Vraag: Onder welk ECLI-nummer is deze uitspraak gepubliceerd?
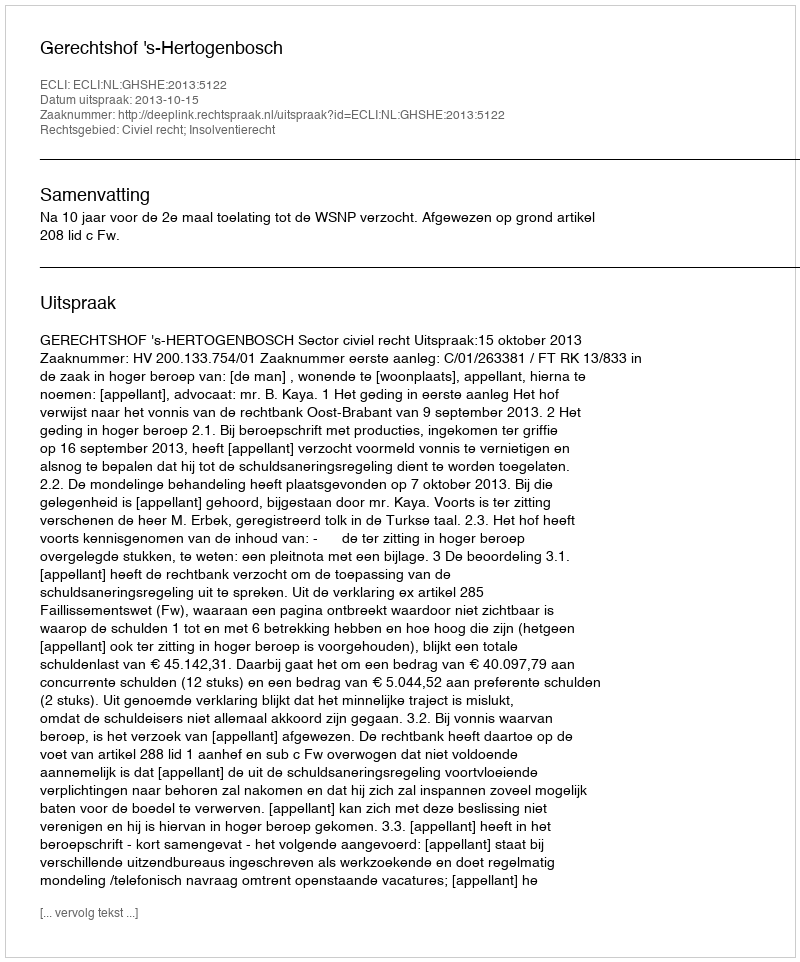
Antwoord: ECLI:NL:GHSHE:2013:5122